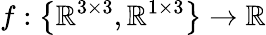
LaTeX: f:\left\{ \mathbb{R}^{3\times 3},\mathbb{R}^{1\times 3}\right\} \rightarrow\mathbb{R}